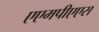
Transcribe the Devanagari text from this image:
एएमपीएएस